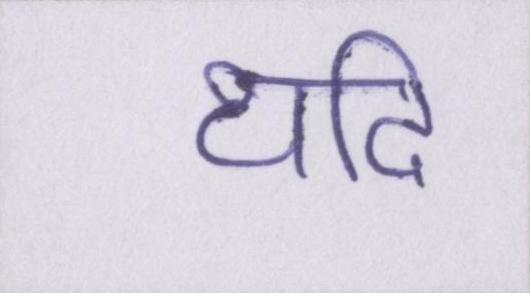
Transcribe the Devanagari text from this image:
यदि